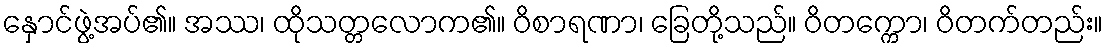
နှောင်ဖွဲ့အပ်၏။ အဿ၊ ထိုသတ္တလောက၏။ ဝိစာရဏာ၊ ခြေတို့သည်။ ဝိတက္ကော၊ ဝိတက်တည်း။